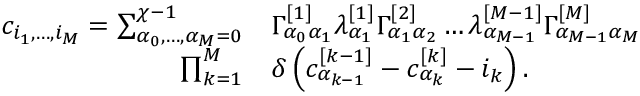
\begin{array} { r l } { c _ { i _ { 1 } , \dots , i _ { M } } = \sum _ { \alpha _ { 0 } , \dots , \alpha _ { M } = 0 } ^ { \chi - 1 } } & { { } \Gamma _ { \alpha _ { 0 } \alpha _ { 1 } } ^ { [ 1 ] } \lambda _ { \alpha _ { 1 } } ^ { [ 1 ] } \Gamma _ { \alpha _ { 1 } \alpha _ { 2 } } ^ { [ 2 ] } \dots \lambda _ { \alpha _ { M - 1 } } ^ { [ M - 1 ] } \Gamma _ { \alpha _ { M - 1 } \alpha _ { M } } ^ { [ M ] } } \\ { \prod _ { k = 1 } ^ { M } } & { { } \delta \left( c _ { \alpha _ { k - 1 } } ^ { [ k - 1 ] } - c _ { \alpha _ { k } } ^ { [ k ] } - i _ { k } \right) . } \end{array}